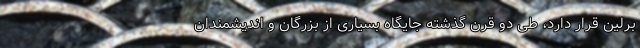
برلین قرار دارد، طی دو قرن گذشته جایگاه بسیاری از بزرگان و اندیشمندان